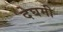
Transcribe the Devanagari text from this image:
देघमी